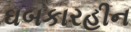
ઘબકારહીન